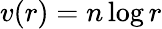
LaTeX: v(r)=n\log r